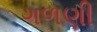
ગળણી